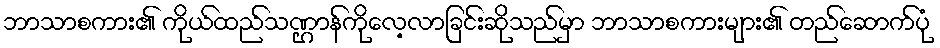
ဘာသာစကား၏ ကိုယ်ထည်သဏ္ဌာန်ကိုလေ့လာခြင်းဆိုသည်မှာ ဘာသာစကားများ၏ တည်ဆောက်ပုံ